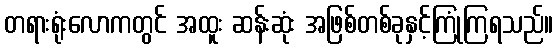
တရားရုံးလောကတွင် အထူး ဆန်းဆုံး အဖြစ်တစ်ခုနှင့်ကြုံကြရသည်။